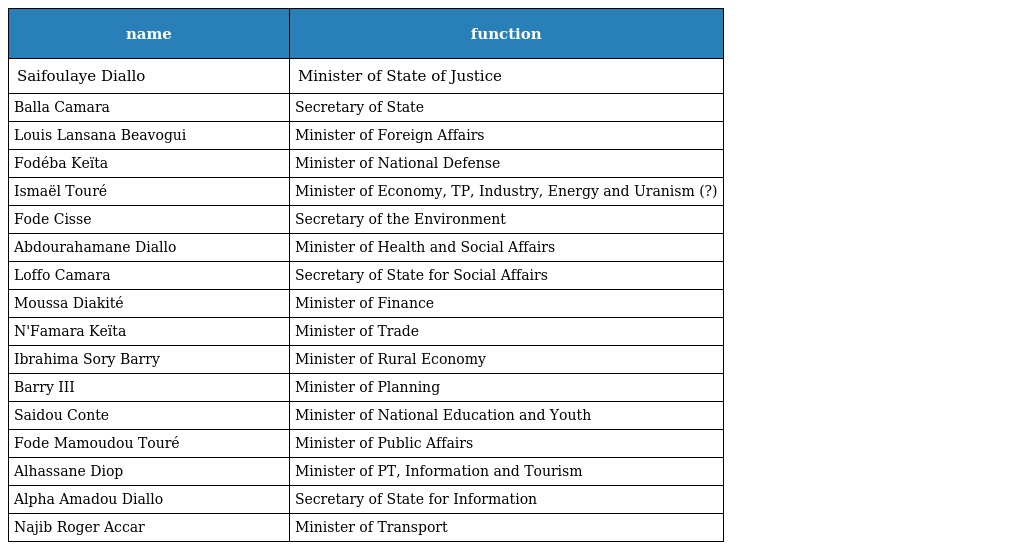
| name | function |
 | --- | --- |
 | Saifoulaye Diallo | Minister of State of Justice |
 | Balla Camara | Secretary of State |
 | Louis Lansana Beavogui | Minister of Foreign Affairs |
 | Fodéba Keïta | Minister of National Defense |
 | Ismaël Touré | Minister of Economy, TP, Industry, Energy and Uranism (?) |
 | Fode Cisse | Secretary of the Environment |
 | Abdourahamane Diallo | Minister of Health and Social Affairs |
 | Loffo Camara | Secretary of State for Social Affairs |
 | Moussa Diakité | Minister of Finance |
 | N'Famara Keïta | Minister of Trade |
 | Ibrahima Sory Barry | Minister of Rural Economy |
 | Barry III | Minister of Planning |
 | Saidou Conte | Minister of National Education and Youth |
 | Fode Mamoudou Touré | Minister of Public Affairs |
 | Alhassane Diop | Minister of PT, Information and Tourism |
 | Alpha Amadou Diallo | Secretary of State for Information |
 | Najib Roger Accar | Minister of Transport |